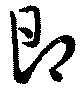
即